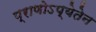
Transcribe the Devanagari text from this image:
प्राणोऽप्येतेन